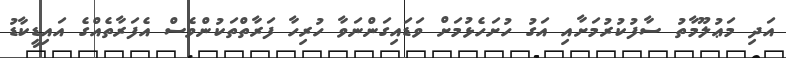
އަދި މަޢުލޫމާތު ސާފުކުރުމަށާއި އަގު ހުށަހެޅުމަށް ވަޑައިގަންނަވާ ހުރިހާ ފަރާތްތަކުންވެސް އެފަރާތެއްގެ އައިޑީކާޑު